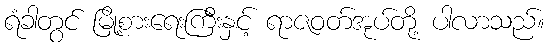
ရံခါတွင် မြို့စားရေးကြီးနှင့် ရာဇဝတ်အုပ်တို့ ပါလာသည်။